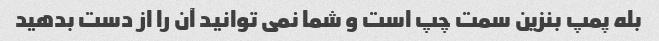
بله پمپ بنزین سمت چپ است و شما نمی توانید آن را از دست بدهید